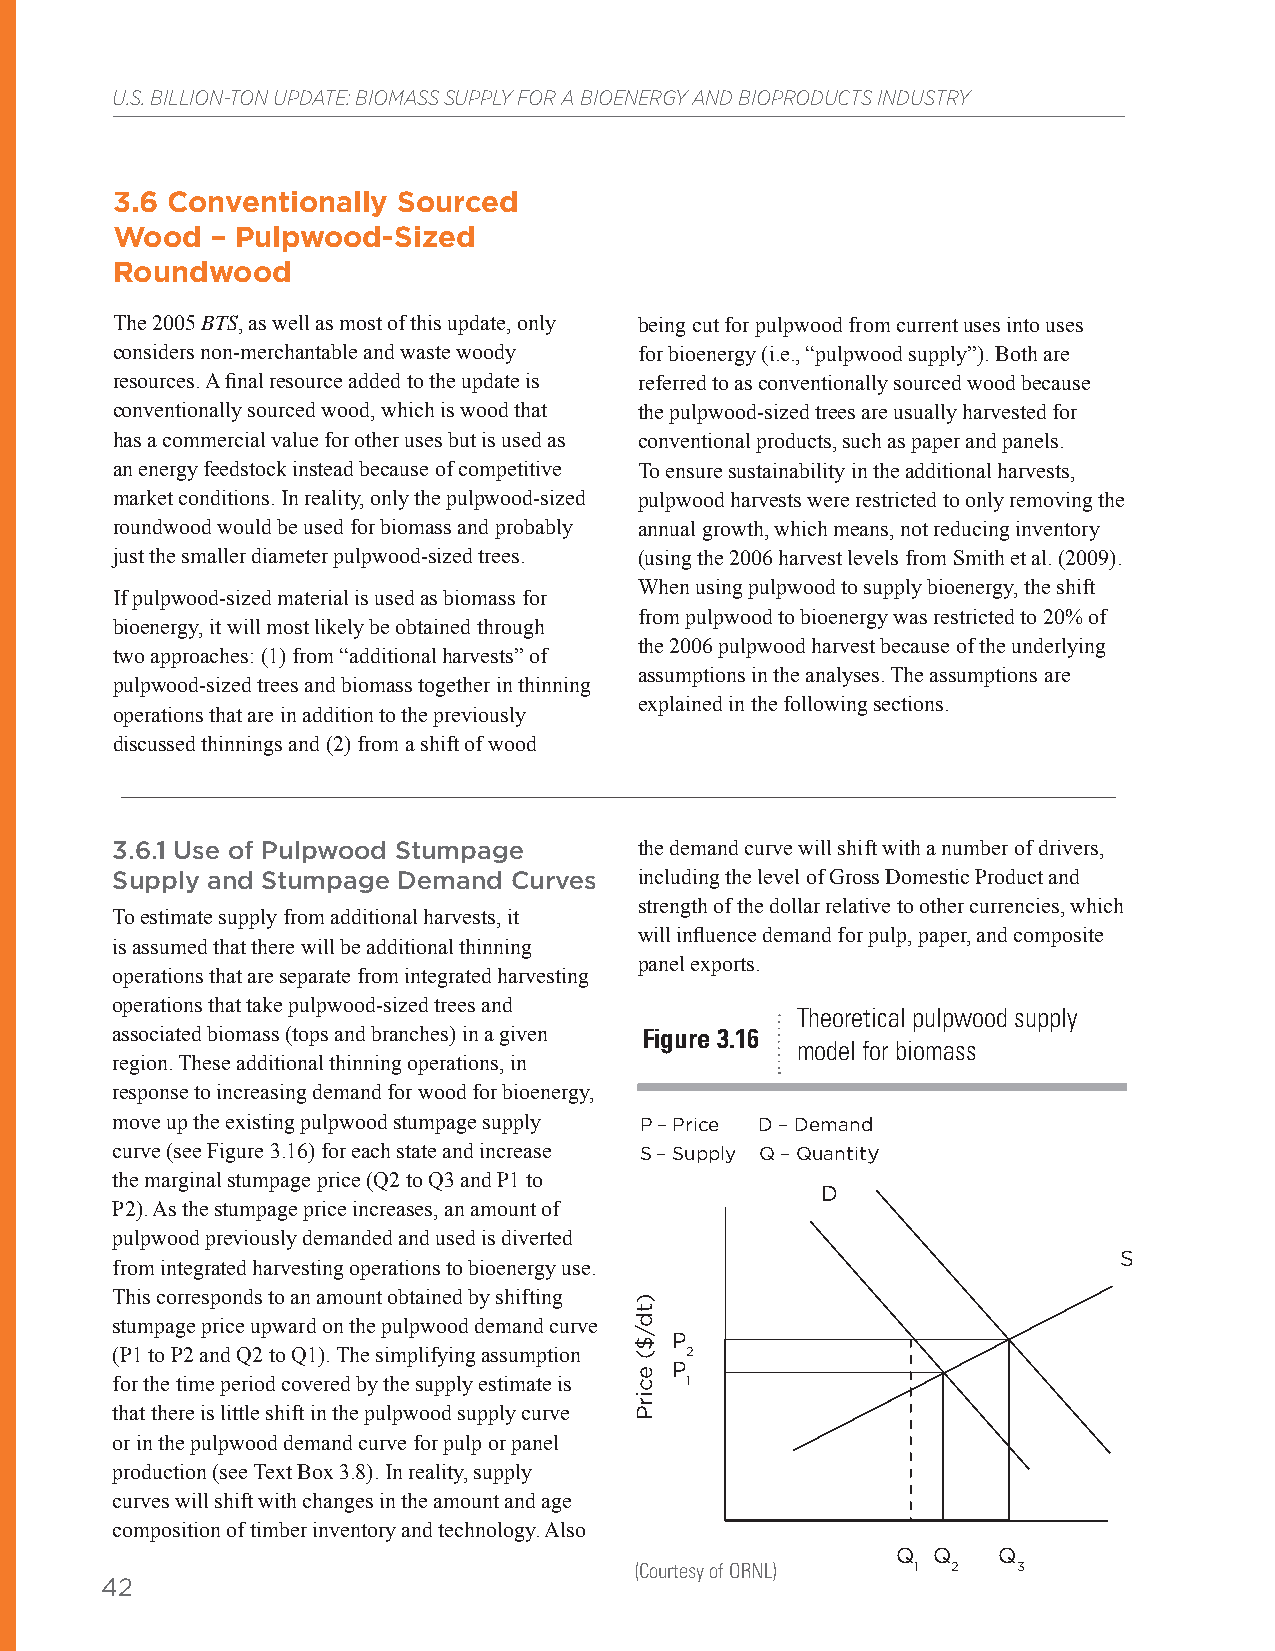
U.S. BILLION-TON UPDATE: BIOMASS SUPPLY FOR A BIOENERGY AND BIOPRODUCTS INDUSTRY
 3.6 Conventionally Sourced
 Wood   – Pulpwood-Sized
 Roundwood
 The 2005 BTS, as well as most of this update, only being cut for pulpwood from current uses into uses
 considers non-merchantable and waste woody for bioenergy (i.e., “pulpwood supply”). Both are
 resources. A final resource added to the update is referred to as conventionally sourced wood because
 conventionally sourced wood, which is wood that the pulpwood-sized trees are usually harvested for
 has a commercial value for other uses but is used as conventional products, such as paper and panels.
 an energy feedstock instead because of competitive To ensure sustainability in the additional harvests,
 market conditions. In reality, only the pulpwood-sized pulpwood harvests were restricted to only removing the
 roundwood would be used for biomass and probably annual growth, which means, not reducing inventory
 just the smaller diameter pulpwood-sized trees. (using the 2006 harvest levels from Smith et al. (2009).
 When using pulpwood to supply bioenergy, the shift
 If pulpwood-sized material is used as biomass for
 from pulpwood to bioenergy was restricted to 20% of
 bioenergy, it will most likely be obtained through
 the 2006 pulpwood harvest because of the underlying
 two approaches: (1) from “additional harvests” of
 assumptions in the analyses. The assumptions are
 pulpwood-sized trees and biomass together in thinning
 explained in the following sections.
 operations that are in addition to the previously
 discussed thinnings and (2) from a shift of wood
 3.6.1 Use of Pulpwood Stumpage     the demand curve will shift with a number of drivers,
 Supply and Stumpage Demand Curves  including the level of Gross Domestic Product and
 strength of the dollar relative to other currencies, which
 To estimate supply from additional harvests, it
 will influence demand for pulp, paper, and composite
 is assumed that there will be additional thinning
 panel exports.
 operations that are separate from integrated harvesting
 operations that take pulpwood-sized trees and
 Theoretical pulpwood supply
 associated biomass (tops and branches) in a given Figure 3.16
 model for biomass
 region. These additional thinning operations, in
 response to increasing demand for wood for bioenergy,
 move up the existing pulpwood stumpage supply P – Price D – Demand
 curve (see Figure 3.16) for each state and increase S – Supply Q – Quantity
 the marginal stumpage price (Q2 to Q3 and P1 to
 D
 P2). As the stumpage price increases, an amount of
 pulpwood previously demanded and used is diverted
 S
 from integrated harvesting operations to bioenergy use.
 This corresponds to an amount obtained by shifting
 stumpage price upward on the pulpwood demand curve
 P
 (P1 to P2 and Q2 to Q1). The simplifying assumption 2
 P
 for the time period covered by the supply estimate is 1
 that there is little shift in the pulpwood supply curve
 or in the pulpwood demand curve for pulp or panel
 production (see Text Box 3.8). In reality, supply
 curves will shift with changes in the amount and age
 composition of timber inventory and technology. Also
 Q  Q   Q
 (Courtesy of ORNL) 1 2   3
 42
 )td/$(
 ecirP